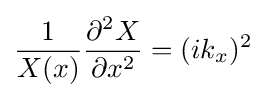
{\frac {1}{X(x)}}{\frac {\partial ^{2}X}{\partial x^{2}}}=(ik_{x})^{2}